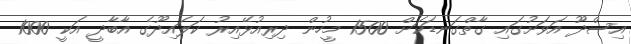
އިސްދޫ އަވަށުގައި ގާތްގަނޑަކަށް 1500 މީހުން ދިރިއުޅޭއިރު ކަލައިދޫގެ އާބާދީ އަކީ 1000